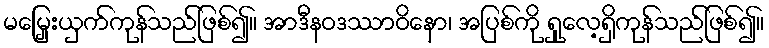
မမြှေးယှက်ကုန်သည်ဖြစ်၍။ အာဒီနဝဒဿာဝိနော၊ အပြစ်ကို ရှုလေ့ရှိကုန်သည်ဖြစ်၍။